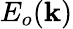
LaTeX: E_{o}(\mathbf{k})